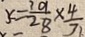
x = \frac { 3 9 } { 2 8 } \times \frac { 4 } { 7 }